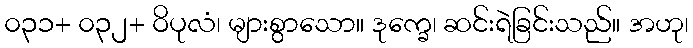
၀၃၁+ ၀၃၂+ ဝိပုလံ၊ များစွာသော။ ဒုက္ခေ၊ ဆင်းရဲခြင်းသည်။ အဟု၊